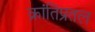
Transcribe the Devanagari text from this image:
क्रांतिप्रतल